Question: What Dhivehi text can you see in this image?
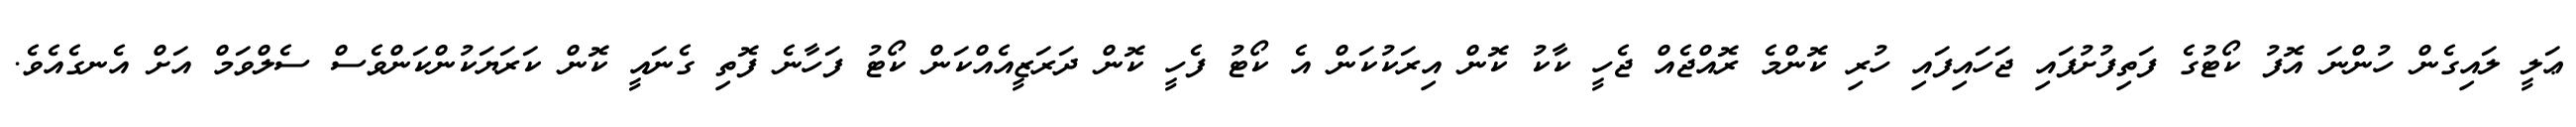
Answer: ޢަލީ ލައިގެން ހުންނަ އޮފު ކޯޓުގެ ފަތިފުށުފައި ޖަހައިފައި ހުރި ކޮންމެ ރޮއްޖެއް ޖެހީ ކާކު ކޮން އިރަކުކަން އެ ކޯޓު ފެހީ ކޮން ދަރަޒީއެއްކަން ކޯޓު ފަހާނެ ފޮތި ގެނައީ ކޮން ކަރަޔަކުންކަންވެސް ސެލްވަމް އަށް އެނގެއެވެ.